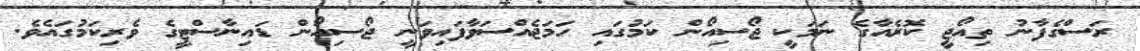
ރަސްގެފާނު ތިއޯޖީ ކޮރެއާގެ ނަމަކީ ޖޯސިއޯން ކަމުގައި ހަމަޖެއްސަވާފައިވަނީ ޖޯސިއޯން ޑައިނާސްޓީގެ ވެރިކަމުގައެވެ.